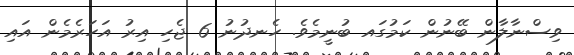
ވިސްނާލާން ބޭނުން ކަމުގައ ބުނީމެވެ. ހެނދުނު 6 ޖެހި އިރު އަހަރެމެން އައި